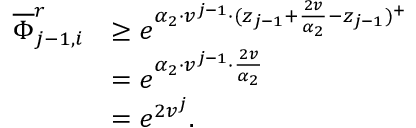
\begin{array} { r l } { \overline { { \Phi } } _ { j - 1 , i } ^ { r } } & { \geq e ^ { \alpha _ { 2 } \cdot v ^ { j - 1 } \cdot ( z _ { j - 1 } + \frac { 2 v } { \alpha _ { 2 } } - z _ { j - 1 } ) ^ { + } } } \\ & { = e ^ { \alpha _ { 2 } \cdot v ^ { j - 1 } \cdot \frac { 2 v } { \alpha _ { 2 } } } } \\ & { = e ^ { 2 v ^ { j } } . } \end{array}